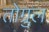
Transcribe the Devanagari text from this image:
तोग्रुल